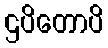
ဌပိတောပိ